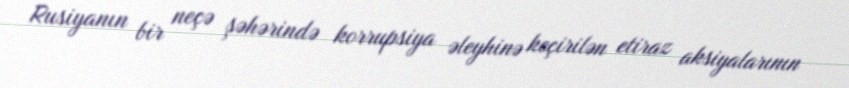
Rusiyanın bir neçə şəhərində korrupsiya əleyhinə keçirilən etiraz aksiyalarının